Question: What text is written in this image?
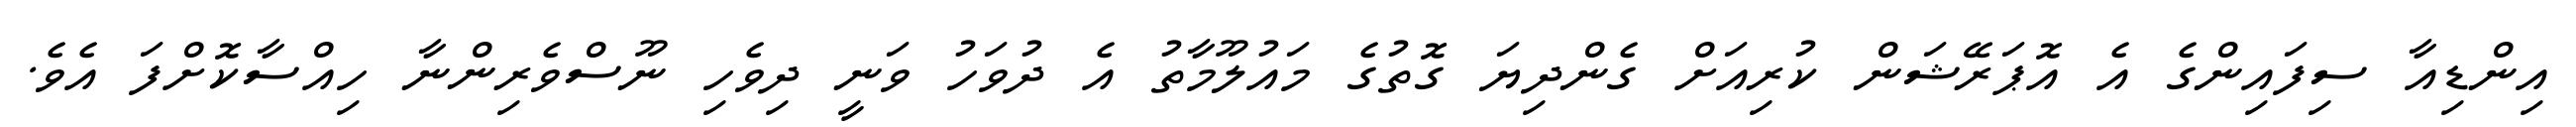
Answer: އިންޑިއާ ސިފައިންގެ އެ އޮޕަރޭޝަން ކުރިއަށް ގެންދިޔަ ގޮތުގެ މައުލޫމާތު އެ ދުވަހު ވަނީ ދިވެހި ނޫސްވެރިންނާ ހިއްސާކޮށްފަ އެވެ.